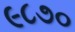
૯૮૭૦